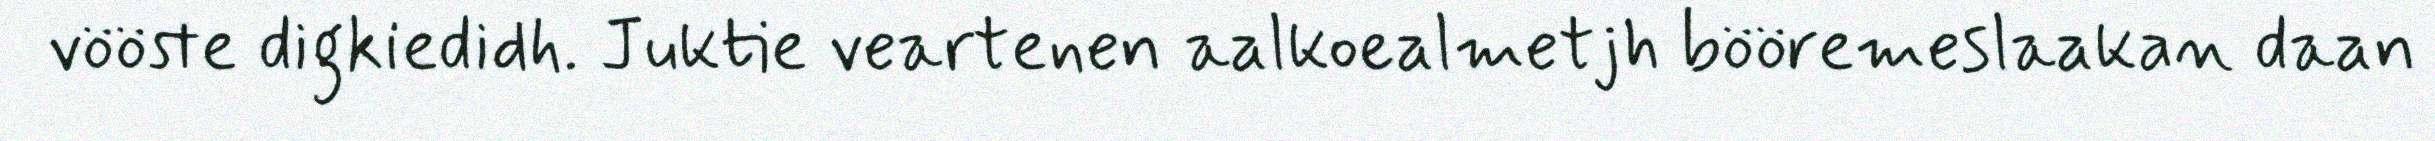
vööste digkiedidh. Juktie veartenen aalkoealmetjh bööremeslaakan daan